Manual of vaccination for the United Provinces of Agra and Oudh -
Year: 1903
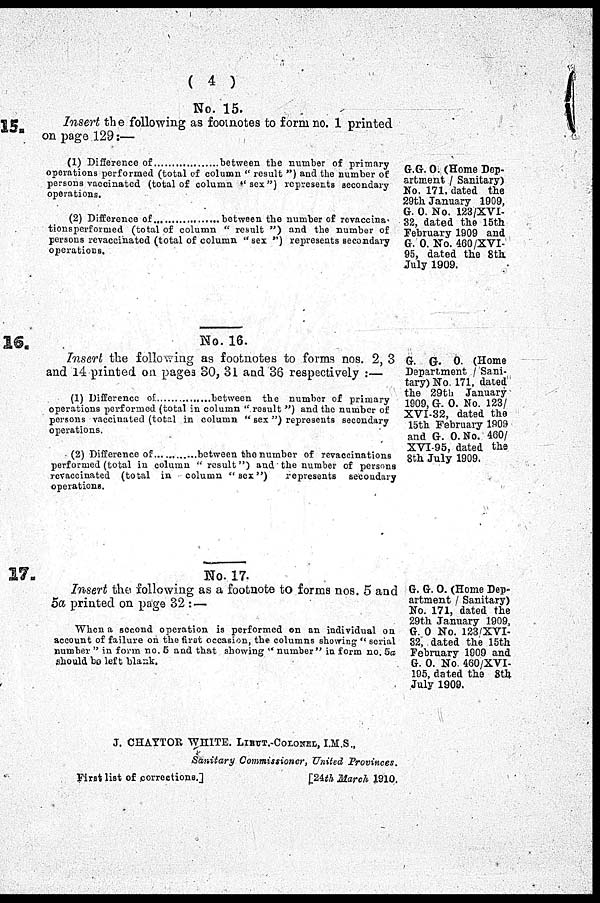
( 4 )
15.
16.
17.
No. 15.
Insert the following as footnotes to form no. 1 printed
on page 129:—
(1) Difference of ............ between the number of primary
operations performed (total of column " result ") and the number of
persons vaccinated (total of column "sex") represents secondary
operations.
(2) Difference of ............ between the number of revaccina-
tions performed (total of column " result ") and the number of
persons revaccinated (total of column " sex ") represents secondary
operations.
No. 16.
Insert the following as footnotes to forms nos. 2, 3
and 14 printed on pages 80, 31 and 36 respectively :—
(1) Difference of ............ between the number of primary
operations performed (total in column " result ") and the number of
persons vaccinated (total in column " sex ") represents secondary
operations.
(2) Difference of ............ between the number of revaccinations
performed (total in column " result") and the number of persons
revaccinated (total in column "sex")
represents secondary
operations.
No. 17.
Insert the following as a footnote to forms nos. 5 and
5a printed on page 32 : —
When a second operation is performed on an individual on
account of failure on the first occasion, the columns showing " serial
number " in form no. 5 and that showing " number" in form no. 5a
should bo left blank.
G.G. O. (Home Dep-
artment / Sanitary)
No. 171. dated the
29th January 1909,
G. O. No. 123/XVI-
32, dated the 15th
February 1909 and
G. O. No. 460/XVI-
95, dated the 8th
July 1909.
G. G. O. (Home
Department / Sani-
tary) No. 171, dated
the 29th January
1909, G. O. No. 123/
XVI-32, dated the
15th February 1909
and G. O. No. 460/
XVI-95, dated the
8th July 1909.
G. G. O. (Home Dep-
artment / Sanitary)
No. 171, dated the
29th January 1909,
G. 0 No. 123/XVI-
32", dated the 15th
February 1909 and
G. 0. No. 460/XVI-
105, dated the 8th
July 1909.
J. CHATTOR WHITE. LIEUT.-COLONEL, I.M.S.,
Sanitary Commissioner, United Provinces.
First list of corrections.]
[24th March 1910.